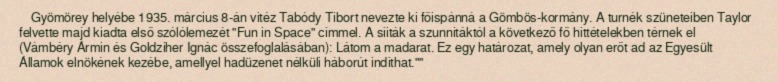
Gyömörey helyébe 1935. március 8-án vitéz Tabódy Tibort nevezte ki főispánná a Gömbös-kormány. A turnék szüneteiben Taylor felvette majd kiadta első szólólemezét "Fun in Space" címmel. A síiták a szunnitáktól a következő fő hittételekben térnek el (Vámbéry Ármin és Goldziher Ignác összefoglalásában): Látom a madarat. Ez egy határozat, amely olyan erőt ad az Egyesült Államok elnökének kezébe, amellyel hadüzenet nélküli háborút indíthat.""